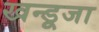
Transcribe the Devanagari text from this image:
खन्डूजा